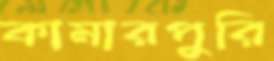
কামারপুরি